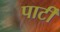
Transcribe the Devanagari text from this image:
पार्टीं